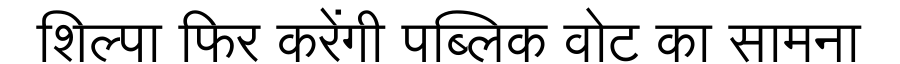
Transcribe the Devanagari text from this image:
शिल्पा फिर करेंगी पब्लिक वोट का सामना